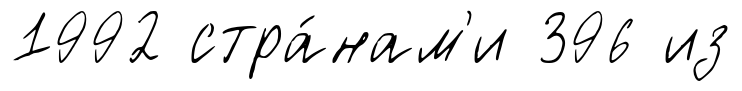
1992 стра́нам'и 396 из